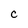
Character: c